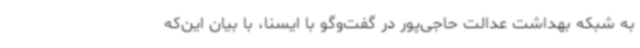
به شبکه بهداشت عدالت حاجی‌پور در گفت‌وگو با ایسنا، با بیان این‌که